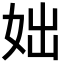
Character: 𡛛